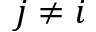
j \ne i